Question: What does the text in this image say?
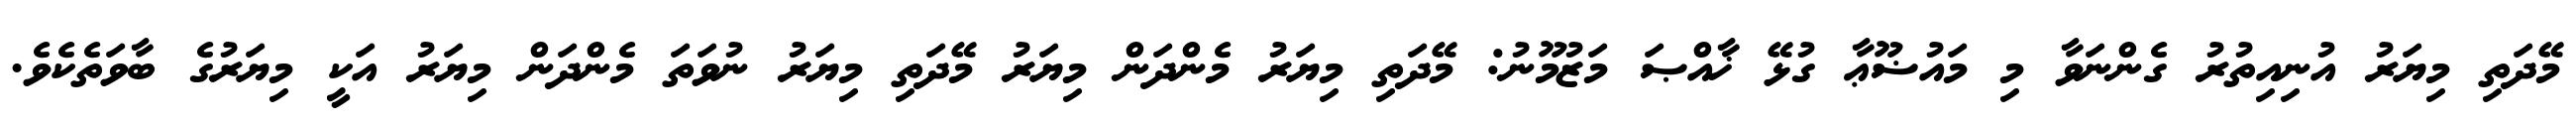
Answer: މޭދަތި މިޔަރު އުނިއިތުރު ގެންނަވާ މި މައުޟޫޢާ ގުޅޭ ޚާއްޞަ މަޒުމޫނު: މޭދަތި މިޔަރު މެންދަން މިޔަރު މޭދަތި މިޔަރު ނުވަތަ މެންދަން މިޔަރު އަކީ މިޔަރުގެ ބާވަތެކެވެ.